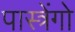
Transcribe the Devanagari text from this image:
पास्त्रेंगो